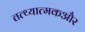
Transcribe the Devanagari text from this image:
तत्थ्यात्मकऔर